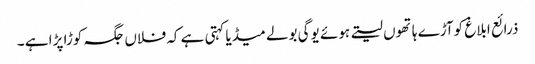
ذرائع ابلاغ کوآڑے ہاتھوں لیتے ہوئے یوگی بولے میڈیا کہتی ہے کہ فلاں جگہ کوڑا پڑا ہے ۔